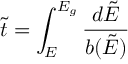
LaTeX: { \tilde { t } } = \int _ { E } ^ { E _ { g } } \frac { d \tilde { E } } { b ( \tilde { E } ) }